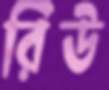
রিউ